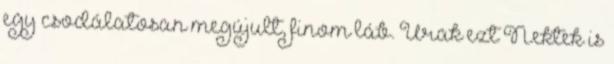
egy csodálatosan megújult, finom láb. Urak ezt Nektek is